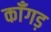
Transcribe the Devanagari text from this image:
काँगड़